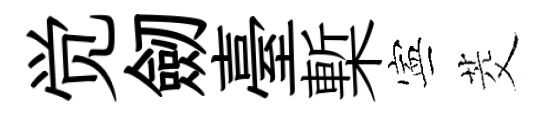
觉劒臺槧寕茭